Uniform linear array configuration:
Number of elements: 8
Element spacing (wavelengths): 1
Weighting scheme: cosine
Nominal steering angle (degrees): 0
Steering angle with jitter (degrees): -0.779
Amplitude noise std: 0.05
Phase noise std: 0.05

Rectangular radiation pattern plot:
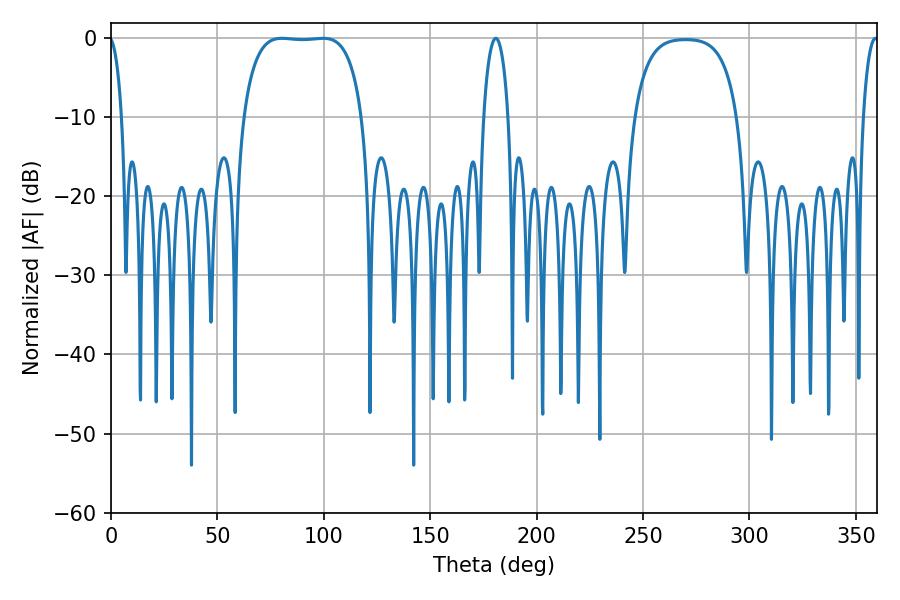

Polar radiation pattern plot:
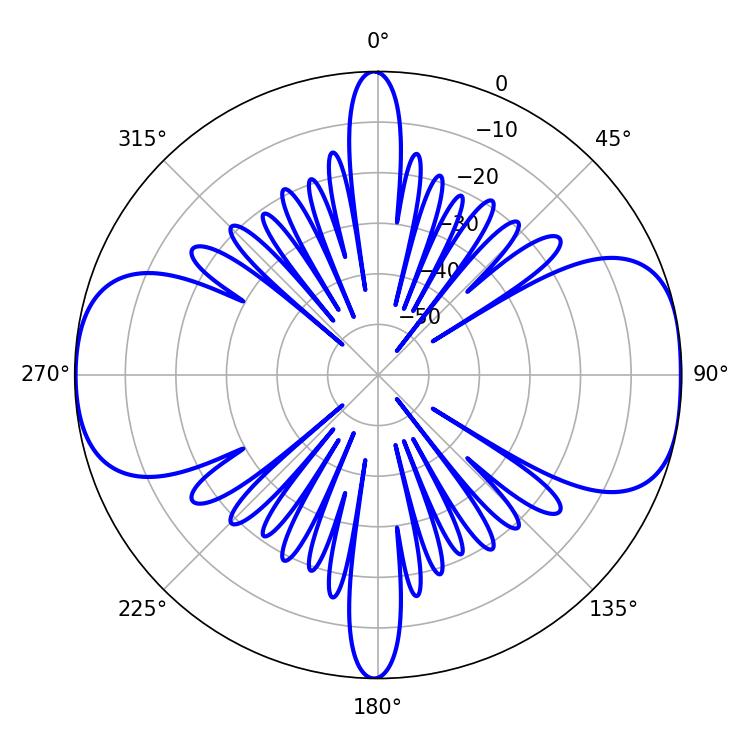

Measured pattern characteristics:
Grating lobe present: TRUE
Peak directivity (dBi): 10.698
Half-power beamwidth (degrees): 43.92
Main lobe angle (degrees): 80.28